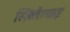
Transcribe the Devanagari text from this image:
स्ज़िलैग्याइ